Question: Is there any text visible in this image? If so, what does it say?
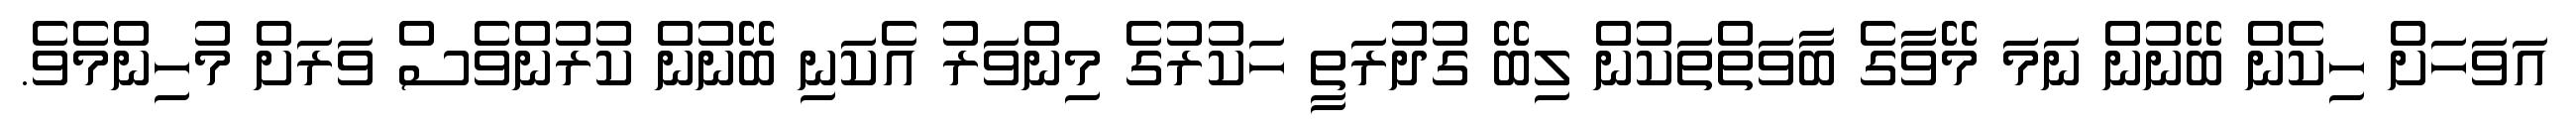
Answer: އަވަހަށް ހިކެން ބޭނުން ނަމަ މޭވާގެ ބާވަތްތަކުން ލިބޭ ގުދުރަތީ ހަކުރުގެ މިންވަރު އެކަނި ބޭނުން ކުރުންވެސް ވަރަށް މުހިންމެވެ.